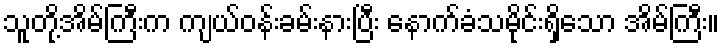
သူတို့အိမ်ကြီးက ကျယ်ဝန်းခမ်းနားပြီး နောက်ခံသမိုင်းရှိသော အိမ်ကြီး။